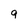
Character: 9